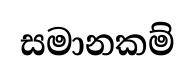
සමානකම්